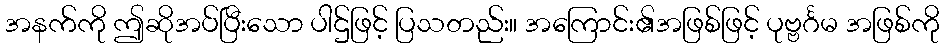
အနက်ကို ဤဆိုအပ်ပြီးသော ပါဌ်ဖြင့် ပြသတည်း။ အကြောင်း၏အဖြစ်ဖြင့် ပုဗ္ဗင်္ဂမ အဖြစ်ကို